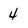
Character: 4